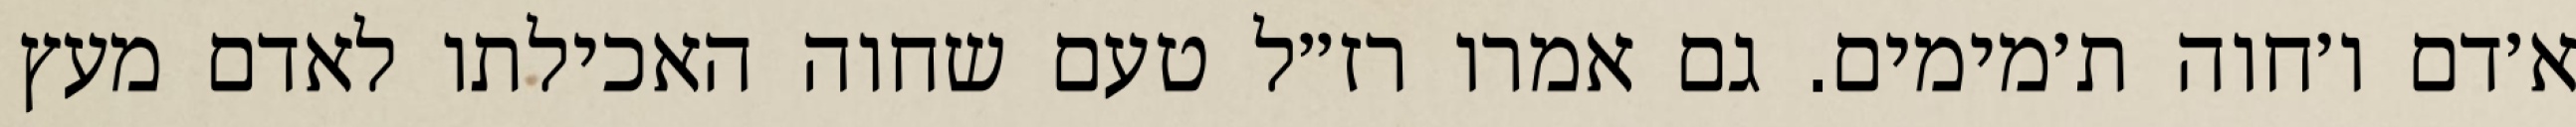
א׳דם ו׳חוה ת׳מימים. גם אמרו רז״ל טעם שחוה האכילתו לאדם מעץ